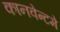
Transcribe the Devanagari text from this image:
कानवेन्टमे